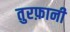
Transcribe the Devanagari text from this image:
तुरफ़ानी